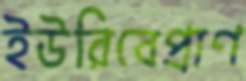
ইউরিবেপ্রাণ